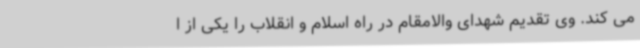
می کند. وی تقدیم شهدای والامقام در راه اسلام و انقلاب را یکی از ا